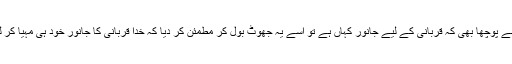
بیٹے نے پوچھا بھی کہ قربانی کے لیے جانور کہاں ہے تو اسے یہ جھوٹ بول کر مطمئن کر دیا کہ خدا قربانی کا جانور خود ہی مہیا کر لے گا۔